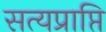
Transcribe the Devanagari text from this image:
सत्यप्राप्ति